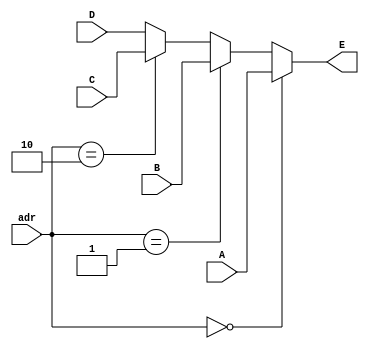
`timescale 1ns / 1ps
//////////////////////////////////////////////////////////////////////////////////
// Company: 
// Engineer: 
// 
// Design Name: 
// Module Name:    MUX_16_4_1 
// Project Name: 
// Target Devices: 
// Tool versions: 
// Description: 
//
// Dependencies: 
//
// Revision: 
// Revision 0.01 - File Created
// Additional Comments: 
//
//////////////////////////////////////////////////////////////////////////////////
module MUX16_4_1(
	input[15:0] A,	
	output wire[15:0] E,
	input[15:0] B,
	input[15:0] C,
	input[15:0] D,
	input[1:0] adr);
					  
assign E =	(adr==0)? A :
				(adr==1)? B :
				(adr==2)? C :
							 D;
endmodule